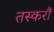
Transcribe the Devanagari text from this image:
तस्करौं